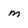
Character: m